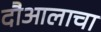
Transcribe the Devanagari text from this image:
दौआलाचा